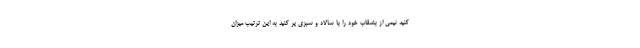
کنید نیمی از بشقاب خود را با سالاد و سبزی پر کنید به این ترتیب میزان